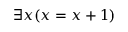
\exists x ( x = x + 1 )